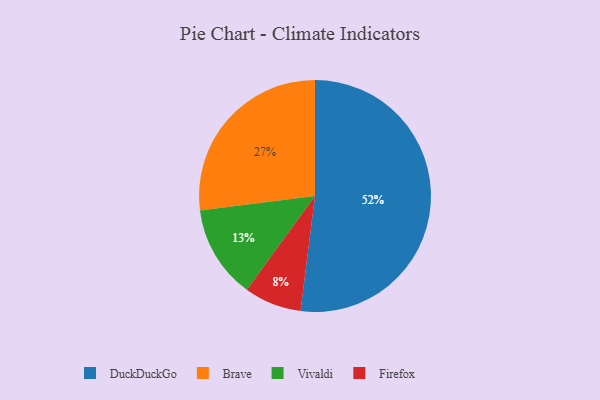
{"axis": {"x": "Category", "y": "Percentage"}, "legend": ["Brave", "DuckDuckGo", "Firefox", "Vivaldi"], "data": [{"x": "Firefox", "y": 8, "type": "Firefox"}, {"x": "Brave", "y": 27, "type": "Brave"}, {"x": "Vivaldi", "y": 13, "type": "Vivaldi"}, {"x": "DuckDuckGo", "y": 52, "type": "DuckDuckGo"}]}